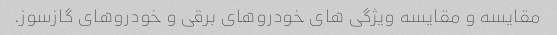
مقایسه و مقایسه ویژگی های خودروهای برقی و خودروهای گازسوز.